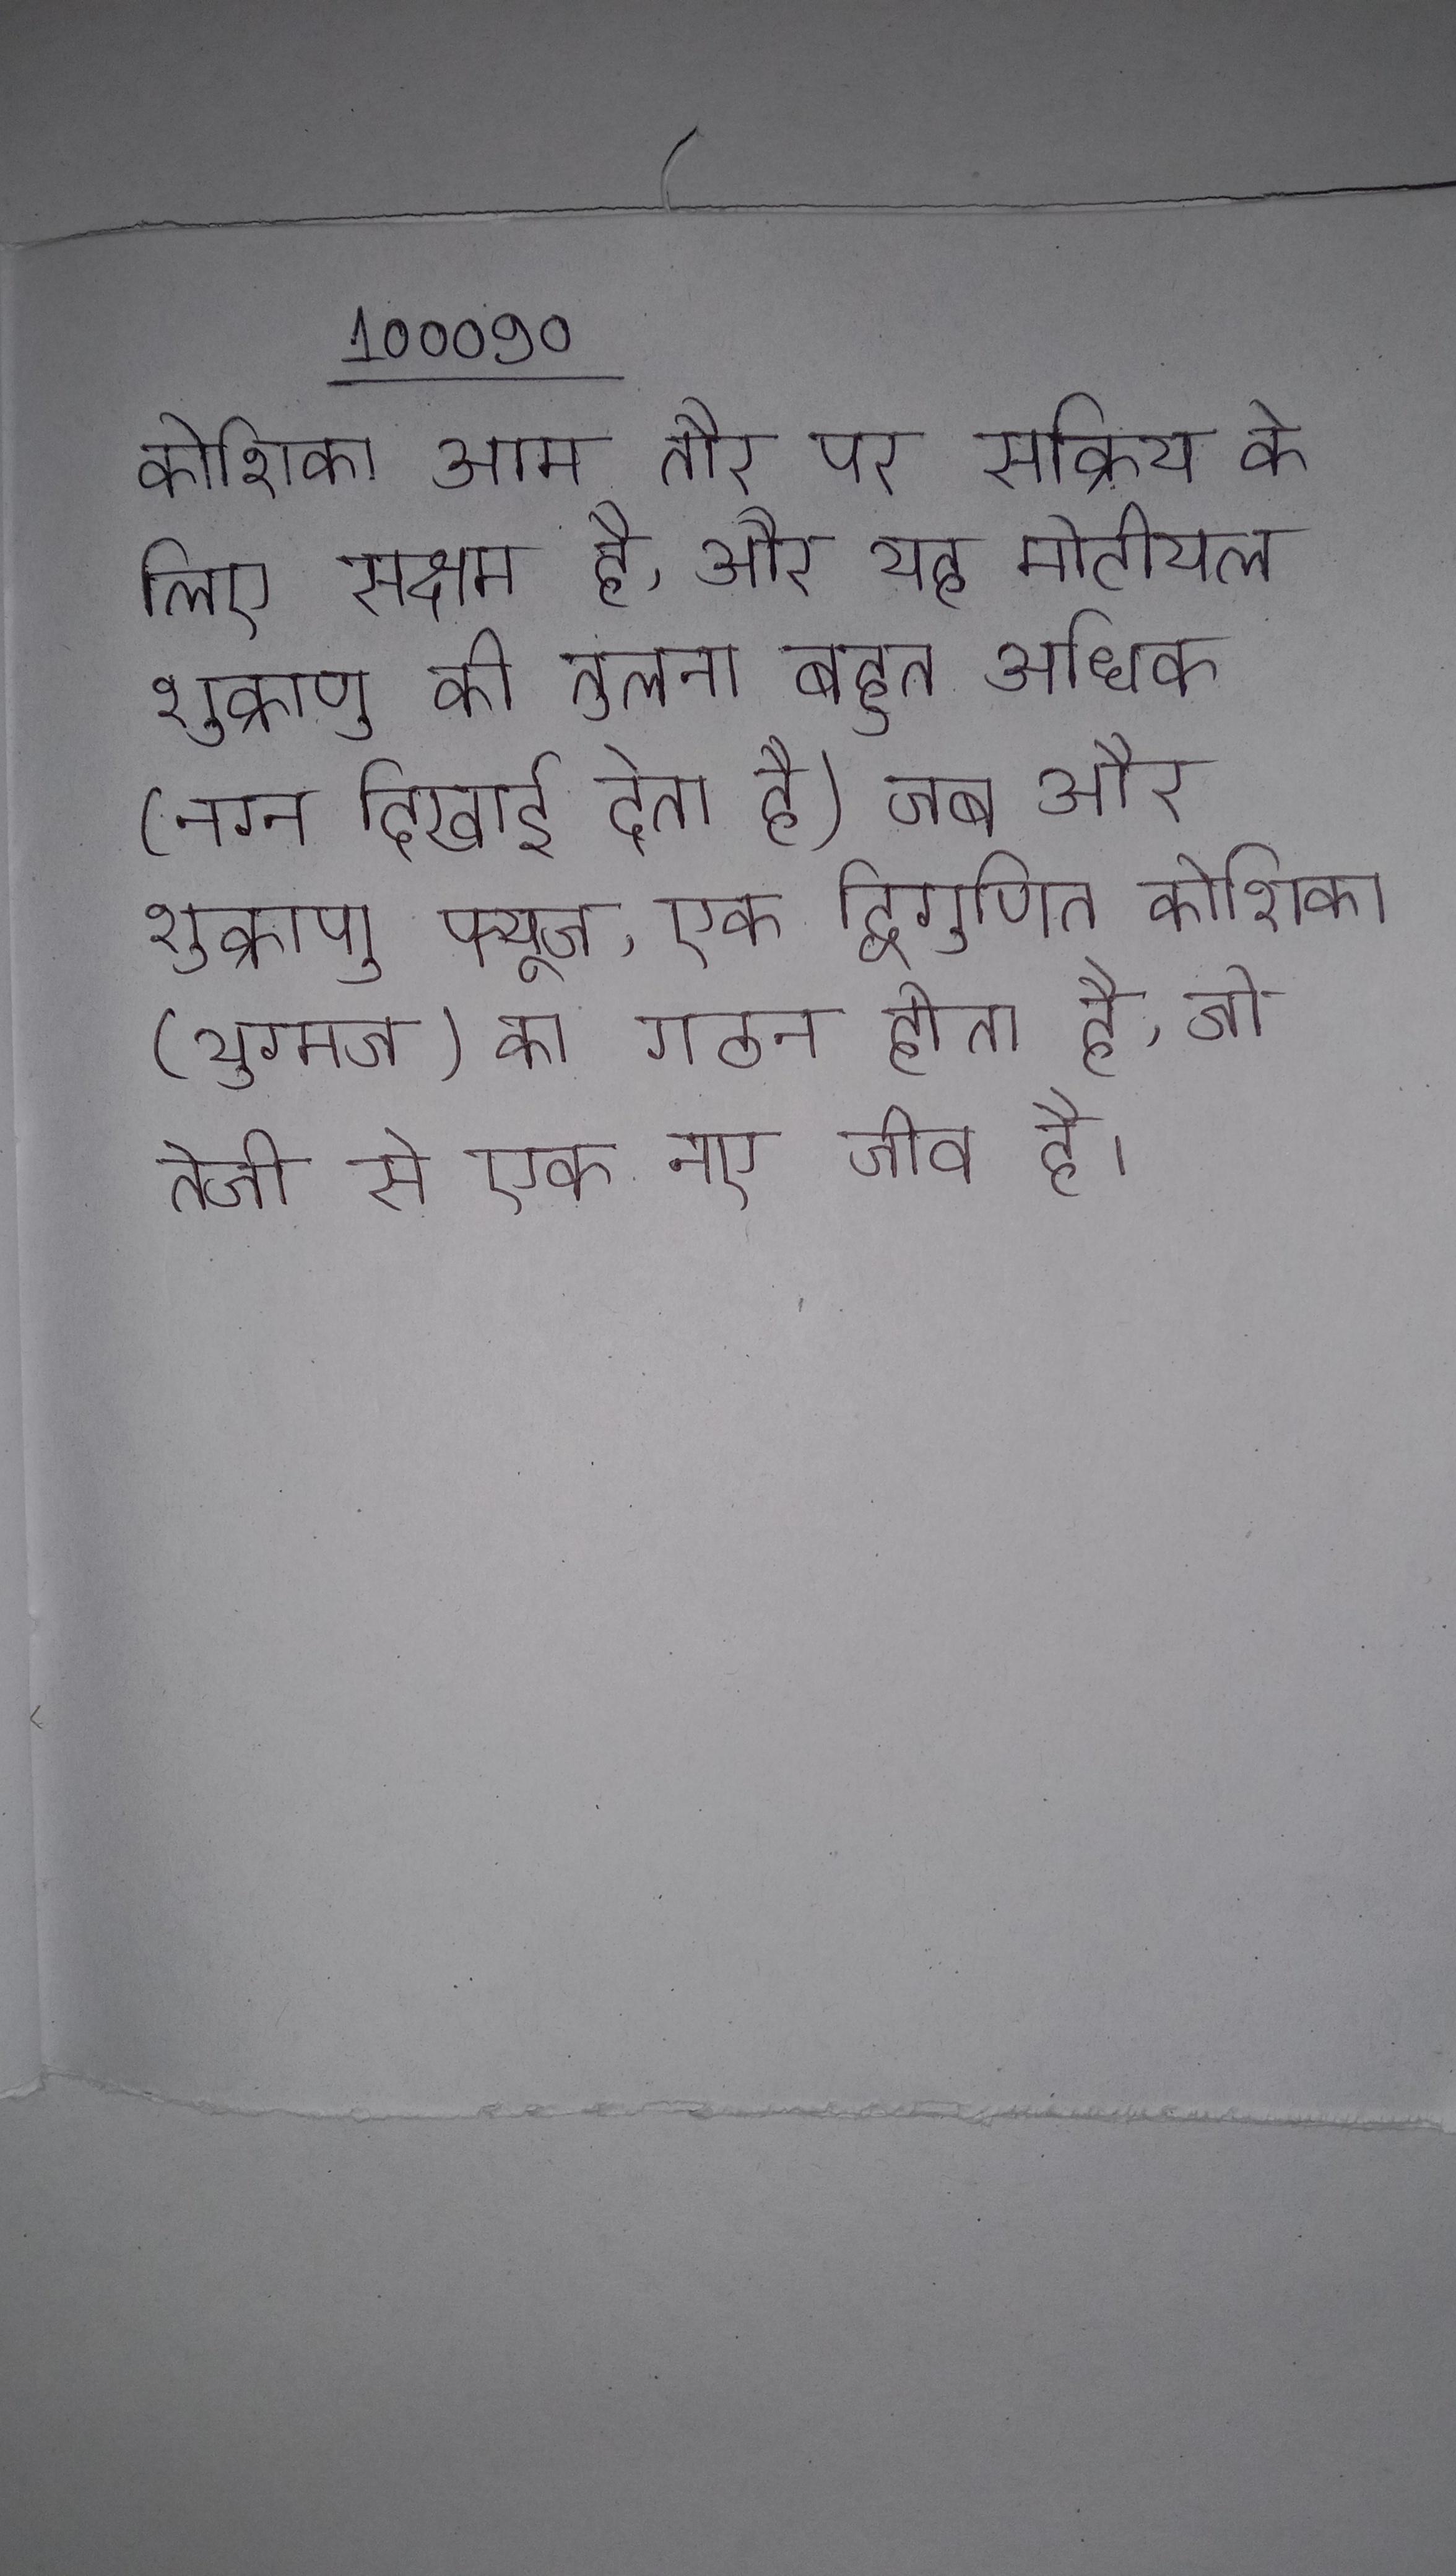
कोशिका आम तौर पर सक्रिय के लिए सक्षम है, और यह मोटीयल शुक्राणु की तुलना बहुत अधिक (नग्न दिखाई देता है) जब और शुक्राणु फ्यूज, एक द्विगुणित कोशिका (युग्मज) का गठन होता है, जो तेजी से एक नए जीव है ।